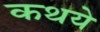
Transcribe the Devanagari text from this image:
कथये